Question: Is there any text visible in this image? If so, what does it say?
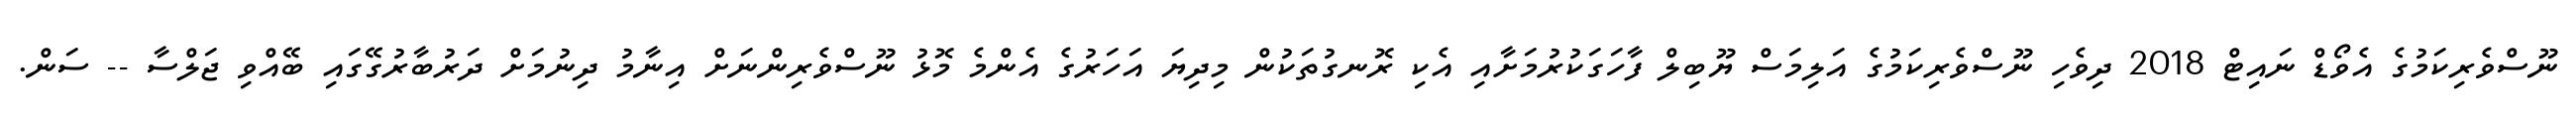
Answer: ނޫސްވެރިކަމުގެ އެވޯޑް ނައިޓް 2018 ދިވެހި ނޫސްވެރިކަމުގެ އަލިމަސް ޔޫބިލް ފާހަގަކުރުމަށާއި އެކި ރޮނގުތަކުން މިދިޔަ އަހަރުގެ އެންމެ މޮޅު ނޫސްވެރިންނަށް އިނާމު ދިނުމަށް ދަރުބާރުގޭގައި ބޭއްވި ޖަލްސާ -- ސަން.